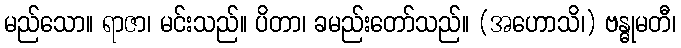
မည်သော။ ရာဇာ၊ မင်းသည်။ ပိတာ၊ ခမည်းတော်သည်။ (အဟောသိ၊) ဗန္ဓုမတီ၊